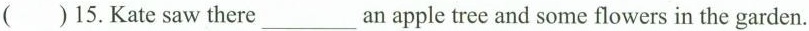
( )15.Kate saw there ___ an apple tree and some flowers in the garden.